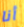
أنا